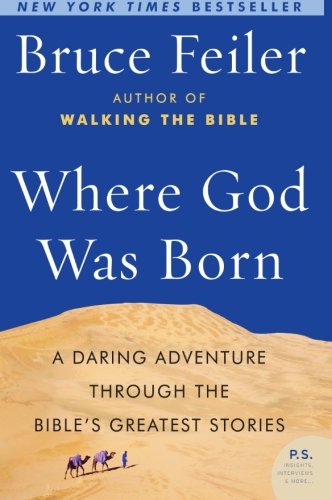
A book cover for Where God Was Born: A Daring Adventure Through the Bible's Greatest Stories (P.S.); Bruce Feiler; History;